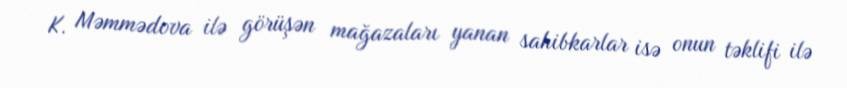
K. Məmmədova ilə görüşən mağazaları yanan sahibkarlar isə onun təklifi ilə